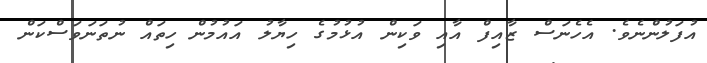
އުފަލުންނެވެ. އެހެނަސް ޒާއިފް އާއި ވަކިން އުޅުމުގެ ހިޔާލު އައުމުން ހިތައް ނުތަނަވަސްކަން